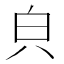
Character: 㒵